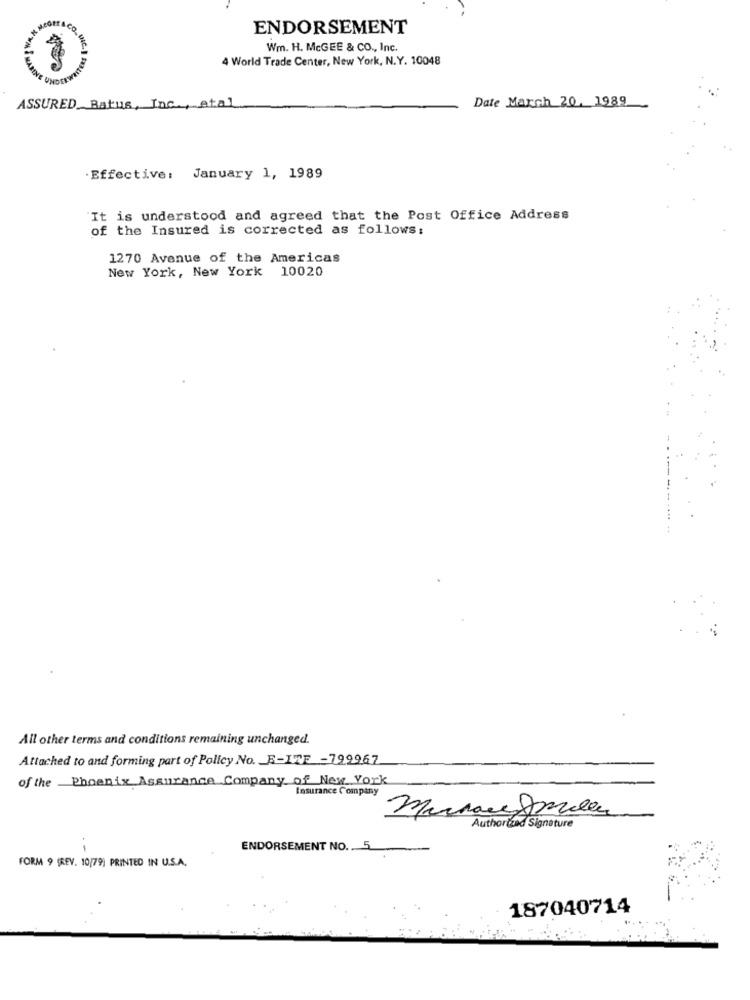
ENDORSEMENT
*W
Wm. H. McGEE & CO ., Inc.
4 World Trade Center, New York, N.Y. 10048
ASSURED Batus, Inc ., etal
Date March 20, 1989
Effective: January 1, 1989
It is understood and agreed that the Post Office Address
of the Insured is corrected as follows:
1270 Avenue of the Americas
New York, New York 10020
--..
All other terms and conditions remaining unchanged.
Attached to and forming part of Policy No. E-IZE -799967
of the Phoenix Assurance Company of New York
Insurance Company
Authorized Signature
ENDORSEMENT NO. 5
FORM 9 (REV. 10/79) PRINTED IN U.S.A.
187040714